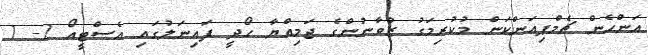
އަންހެން ޗެމްޕިއަންކަން މުކުރިމަގު ޒުވާނުންގެ ޖަމިއްޔާ ހޯދީ ފައިނަލުގައި އެސްޓީއޯ 2- 1